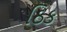
ઠિક